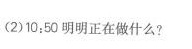
(2)10450明明正在做什么?